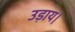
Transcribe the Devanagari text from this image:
उड़ाय।